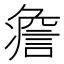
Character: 𧩏